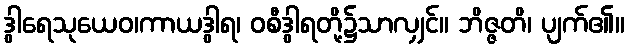
ဒွါရေသုယေဝ၊ကာယဒွါရ၊ ဝစီဒွါရတို့၌သာလျှင်။ ဘိဇ္ဇတိ၊ ပျက်၏။